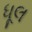
ધૂલ